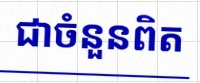
សន្មតថា x ជាចំនួនពិត